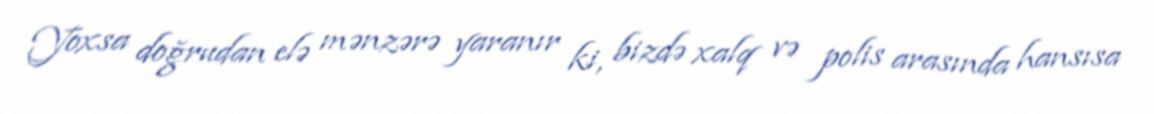
Yoxsa doğrudan elə mənzərə yaranır ki, bizdə xalq və polis arasında hansısa